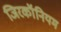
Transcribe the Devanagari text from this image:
जिरकॉनियम